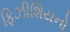
ફિઝીશિયનો